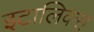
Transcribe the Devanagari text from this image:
इटालिक्स